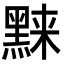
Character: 𬹗